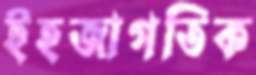
ইহজাগতিক